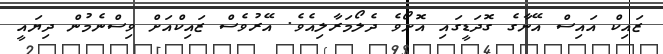
ޒައިކް އައިސް އޭނާގެ ގޮދަޑީގައި އޮށޯވެ ދެލޯމަރާލިއެވެ. އޭރުވެސް ޒައިކްއަށް ވިސްނެމުން ދިޔައީ